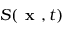
S ( \textbf { x } , t )